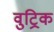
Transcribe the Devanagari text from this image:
वुट्रिक